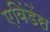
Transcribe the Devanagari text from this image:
एविंडेंस